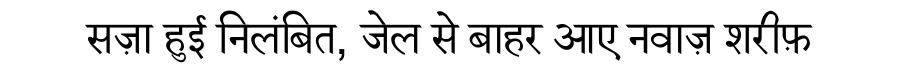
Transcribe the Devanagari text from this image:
सज़ा हुई निलंबित, जेल से बाहर आए नवाज़ शरीफ़